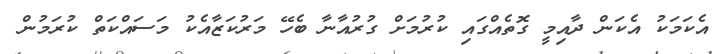
އެކަމަކު އެކަން ދާއިމީ ގޮތެއްގައި ކުރުމަށް ގުރުއާނާ ބެހޭ މަރުކަޒާއެކު މަސައްކަތް ކުރަމުން